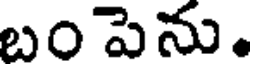
బంపెను.